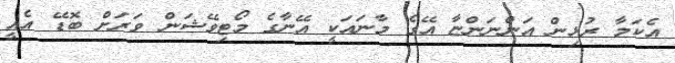
އެކަމާ ރުޅިން އަންނަންޏާ އޭގެ މާނައަކީ އޭނާގެ މޯޓިވޭޝަން ވަރަށް ބޮޑޭ އެއީ